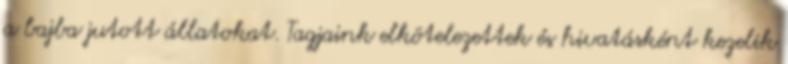
a bajba jutott állatokat. Tagjaink elkötelezettek és hivatásként kezelik